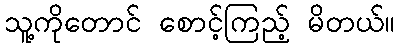
သူ့ကိုတောင် စောင့်ကြည့် မိတယ်။